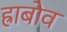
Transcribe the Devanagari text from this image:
ह्राबोव